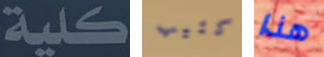
كلية كئيب هذا